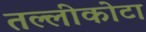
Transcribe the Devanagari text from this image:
तल्लीकोटा